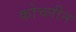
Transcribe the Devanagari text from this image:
कोच्लीन